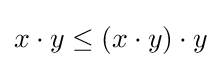
x\cdot y\leq (x\cdot y)\cdot y